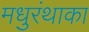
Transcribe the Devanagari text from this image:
मधुरंथाका